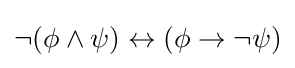
\neg (\phi \land \psi )\leftrightarrow (\phi \to \neg \psi )